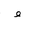
Letter: _waw